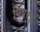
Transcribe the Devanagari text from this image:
पिण्‍ड्रा